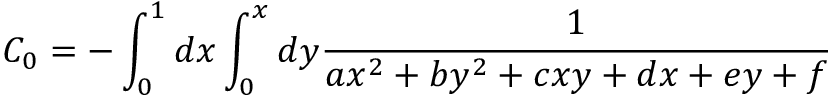
C _ { 0 } = - \int _ { 0 } ^ { 1 } d x \int _ { 0 } ^ { x } d y \frac { 1 } { a x ^ { 2 } + b y ^ { 2 } + c x y + d x + e y + f }